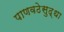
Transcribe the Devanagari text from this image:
पाणवठेसुद्धा